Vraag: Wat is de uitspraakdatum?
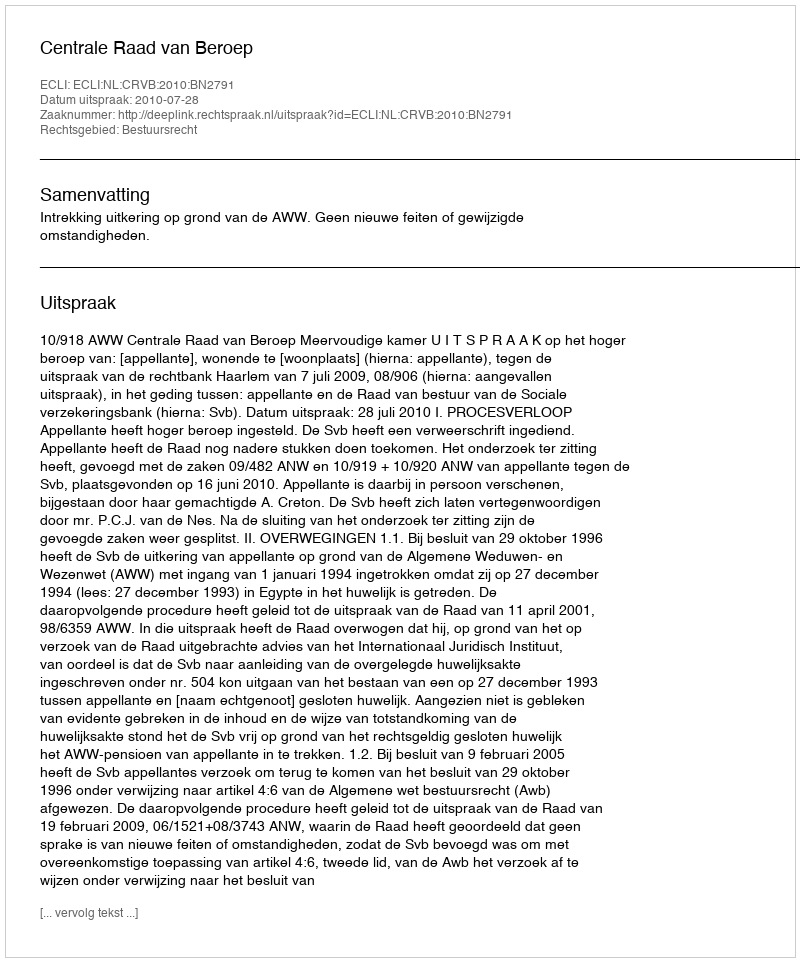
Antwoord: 2010-07-28